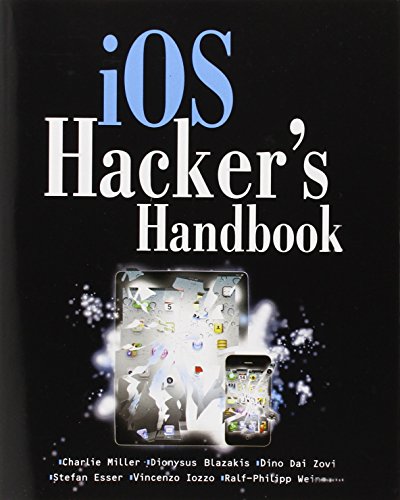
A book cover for iOS Hacker's Handbook; Charlie Miller; Computers & Technology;